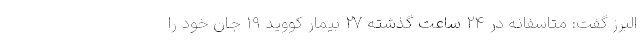
البرز گفت: متاسفانه در ۲۴ ساعت گذشته ۲۷ بیمار کووید ۱۹ جان خود را